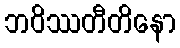
ဘဝိဿတီတိနော